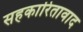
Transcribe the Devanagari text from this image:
सहकारितावाद